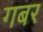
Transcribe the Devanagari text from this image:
गबर